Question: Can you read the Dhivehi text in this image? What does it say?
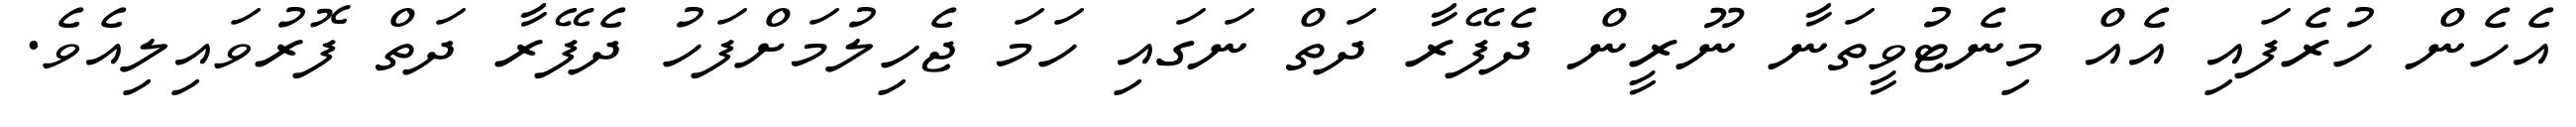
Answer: އެހެން ހުރެފައި އެއް މިނެޓުވީތަނާ ނޫރީން ދެފޭރާ ދަތް ނަގައި ހަމަ ޖެހިލުމަށްފަހު ދެފޭރާ ދަތް ފޮރުވައިލިއެވެ.